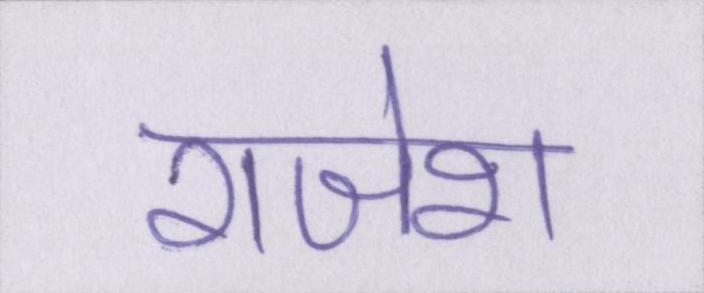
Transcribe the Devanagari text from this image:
राजेश